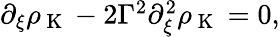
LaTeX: \begin{array}{r}{\partial_{\xi}\rho_{\mathrm{~K~}}-2\Gamma^{2}\partial_{\xi}^{2}\rho_{\mathrm{~K~}}=0,}\end{array}